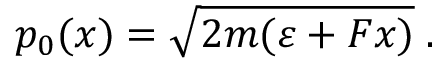
p _ { 0 } ( x ) = \sqrt { 2 m ( \varepsilon + F x ) } \; .